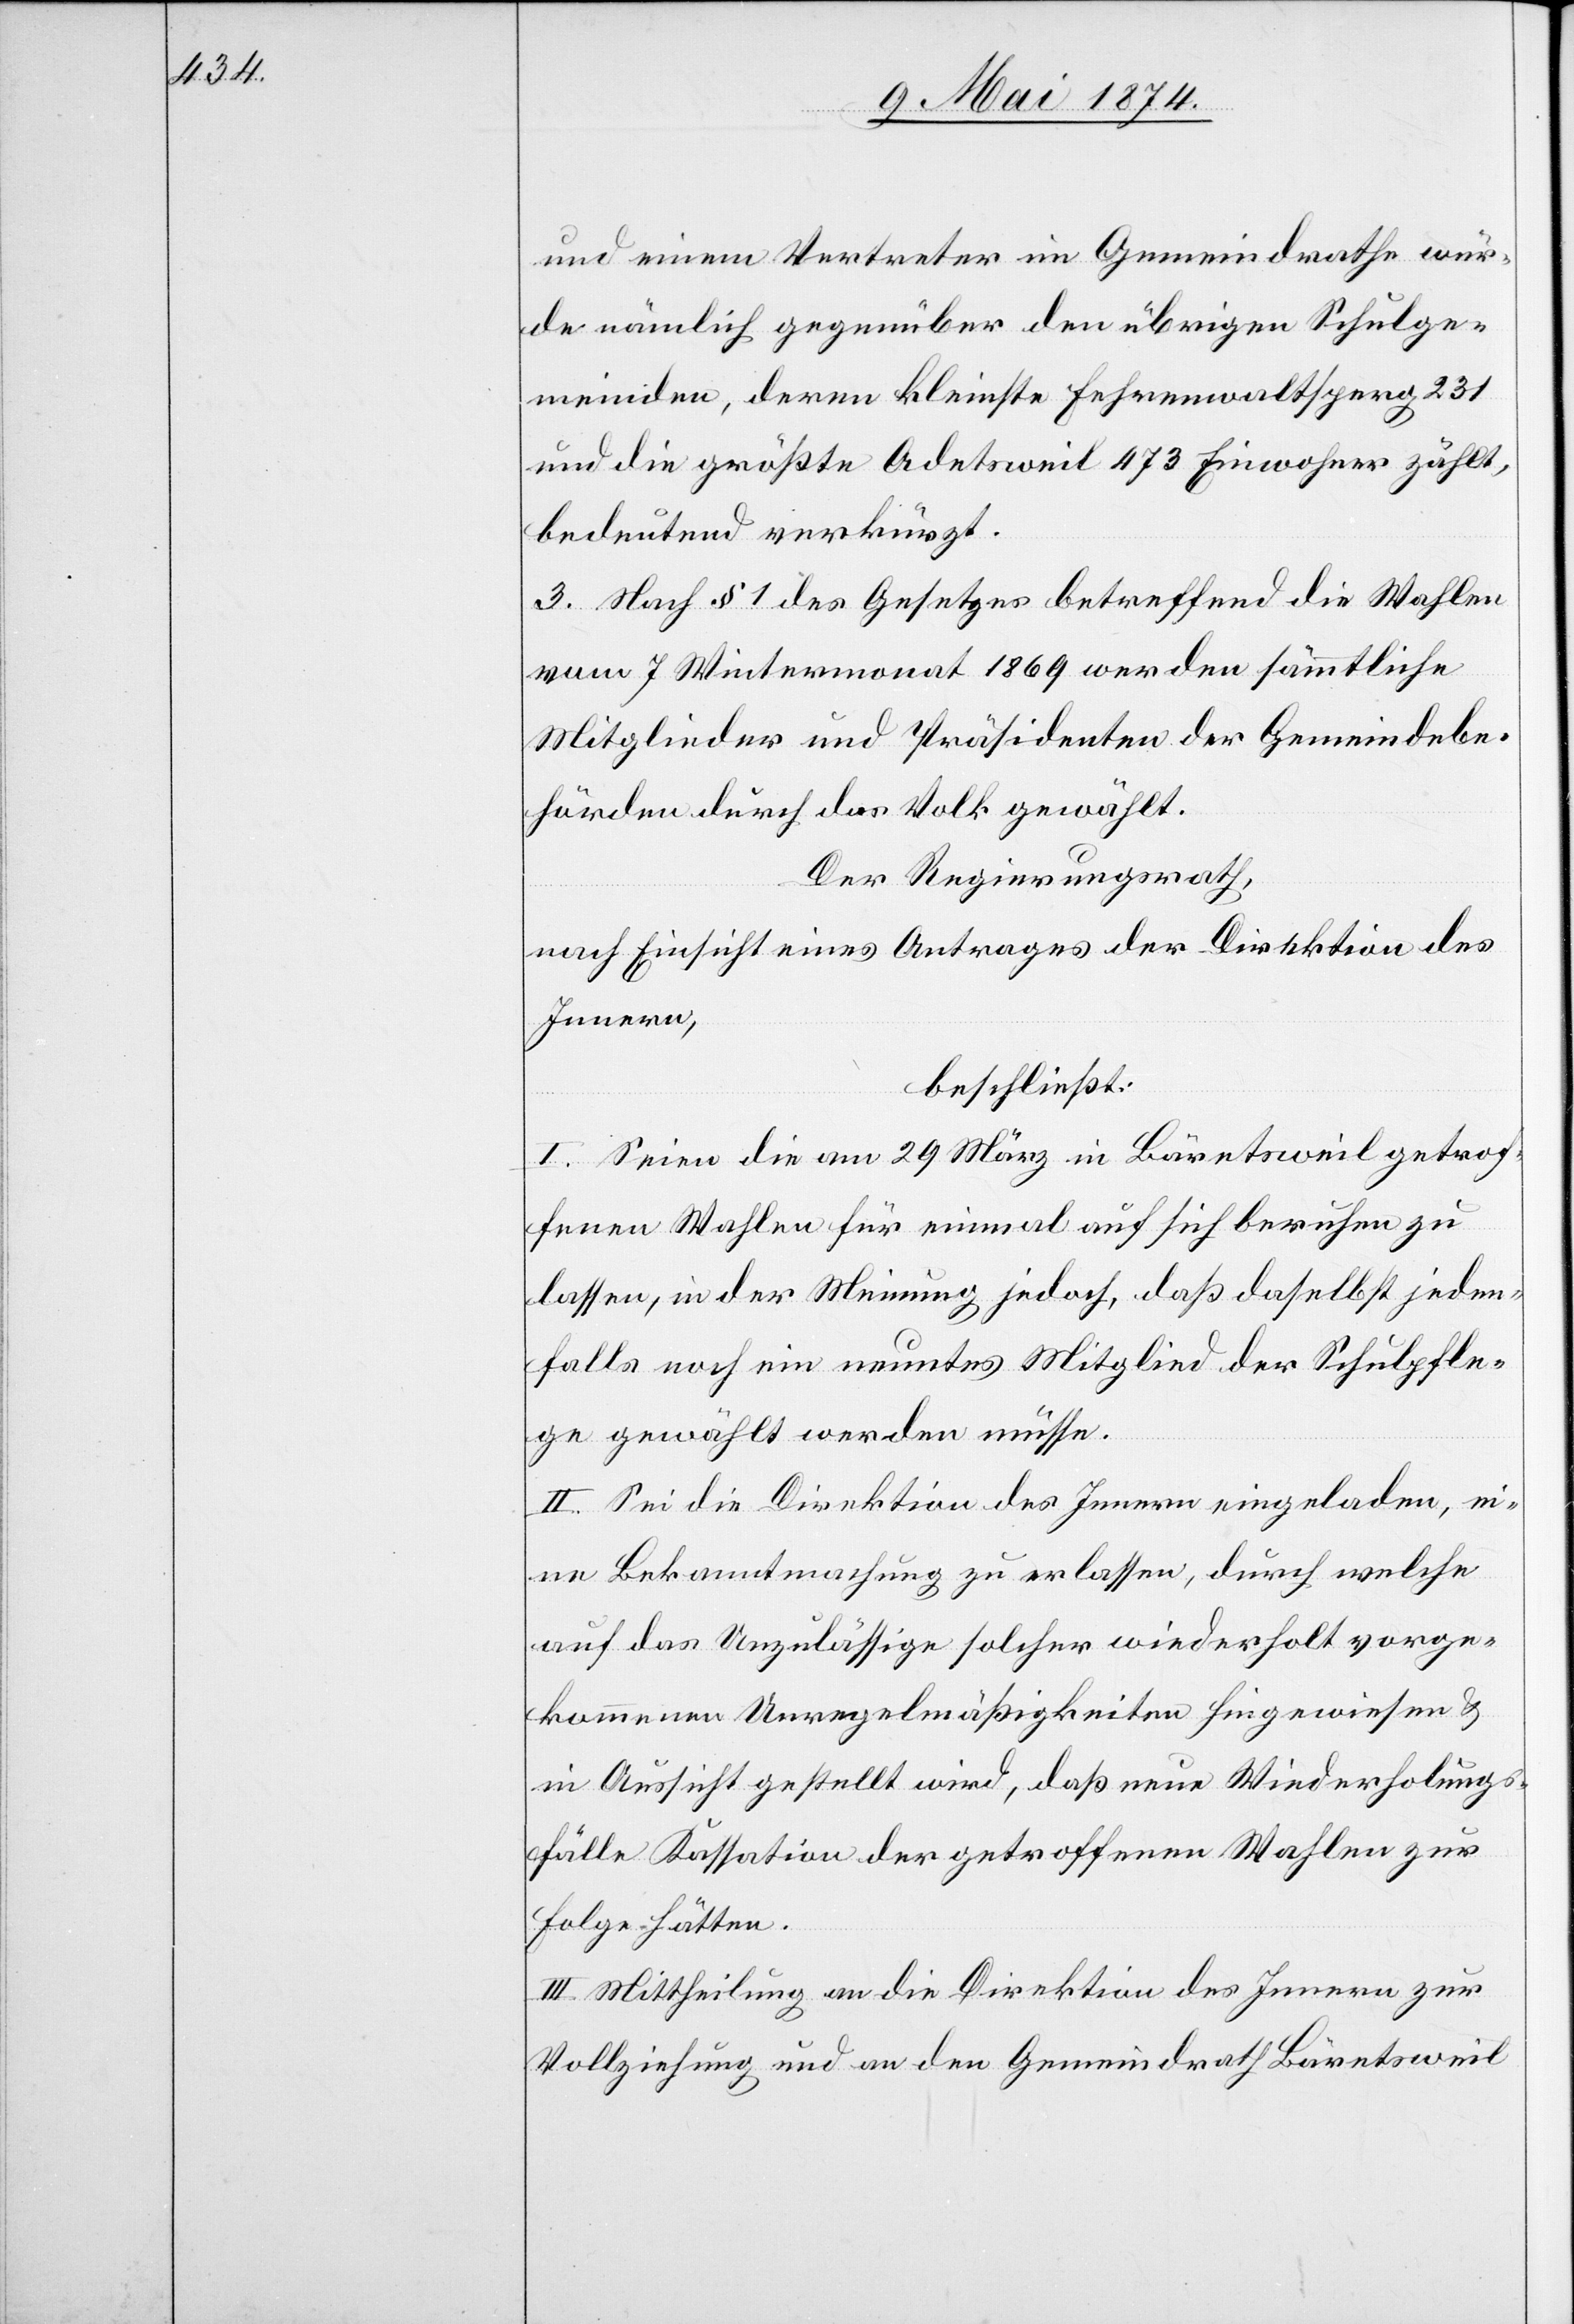
und einem Vertreter im Gemeindrathe wür¬
de nämlich gegenüber den übrigen Schulge¬
meinden, deren kleinste Fehrenwaltsperg 231
und die größte Adetsweil 473 Einwohner zählt,
bedeutend verkürzt.
3. Nach § 1 des Gesetzes betreffend die Wahlen
vom 7 Wintermonat 1869 werden sämmtliche
Mitglieder und Präsidenten der Gemeindebe¬
hörden durch das Volk gewählt.
Der Regierungsrath,
nach Einsicht eines Antrages der Direktion des
Innern ,
beschließt:
I. Seien die am 29. März in Bäretsweil getrof¬
fenen Wahlen für einmal auf sich beruhen zu
lassen, in der Meinung jedoch, daß daselbst jeden¬
falls noch ein neuntes Mitglied der Schulpfle¬
ge gewählt werden müsse.
II. Sei die Direktion des Innern eingeladen, ei¬
ne Bekanntmachung zu erlassen, durch welche
auf das Unzulässige solcher wiederholt vorge¬
kommenen Unregelmäßigkeiten hingewiesen u.
in Aussicht gestellt wird, daß neue Wiederholungs¬
fälle Kassation der getroffenen Wahlen zu
Folge hätten.
III. Mittheilung an die Direktion des Innern zur
Vollziehung und an den Gemeindrath Bäretsweil